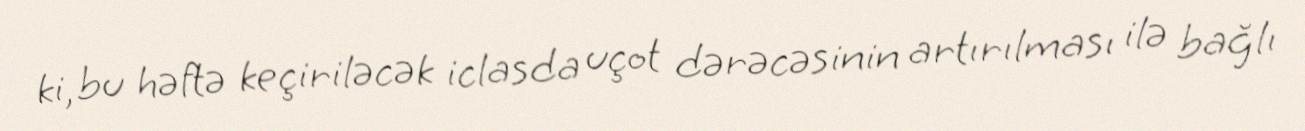
ki, bu həftə keçiriləcək iclasda uçot dərəcəsinin artırılması ilə bağlı